Vaccination report Assam 1874-1896 - 1874-1896
Year: 1874
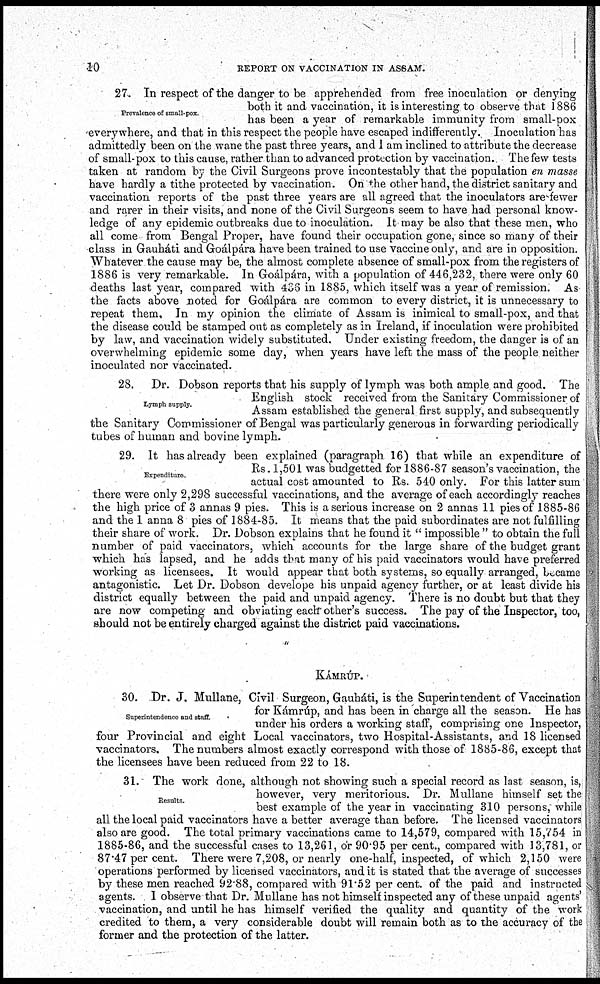
10
REPORT ON VACCINATION IN ASSAM.
Prevalence of small-pox.
27. In respect of the danger to be apprehended from free inoculation or denying
both it and vaccination, it is interesting to observe that 1886
has been a year of remarkable immunity from small-pox
everywhere, and that in this respect the people have escaped indifferently. Inoculation has
admittedly been on the wane the past three years, and I am inclined to attribute the decrease
of small-pox to this cause, rather than to advanced protection by vaccination. The few tests
taken at random by the Civil Surgeons prove incontestably that the population en masse
have hardly a tithe protected by vaccination. On the other hand, the district sanitary and
vaccination reports of the past three years are all agreed that the inoculators are fewer
and rarer in their visits, and none of the Civil Surgeons seem to have had personal know-
ledge of any epidemic outbreaks due to inoculation. It may be also that these men, who
all come from Bengal Proper, have found their occupation gone, since so many of their
class in Gauháti and Goálpára have been trained to use vaccine only, and are in opposition.
Whatever the cause may be, the almost complete absence of small-pox from the registers of
1886 is very remarkable. In Goálpára, with a population of 446,232, there were only 60
deaths last year, compared with 436 in 1885, which itself was a year of remission. As
the facts above noted for Goálpára are common to every district, it is unnecessary to
repeat them. In my opinion the climate of Assam is inimical to small-pox, and that
the disease could be stamped out as completely as in Ireland, if inoculation were prohibited
by law, and vaccination widely substituted. Under existing freedom, the danger is of an
overwhelming epidemic some day, when years have left the mass of the people neither
inoculated nor vaccinated.
Lymph supply.
28. Dr. Dobson reports that his supply of lymph was both ample and good. The
English stock received from the Sanitary Commissioner of
Assam established the general first supply, and subsequently
the Sanitary Commissioner of Bengal was particularly generous in forwarding periodically
tubes of human and bovine lymph.
Expenditure.
29. It has already been explained (paragraph 16) that while an expenditure of
Rs. 1,501 was budgetted for 1886-87 season's vaccination, the
actual cost amounted to Rs. 540 only. For this latter sum
there were only 2,298 successful vaccinations, and the average of each accordingly reaches
the high price of 3 annas 9 pies. This is a serious increase on 2 annas 11 pies of 1885-86
and the 1 anna 8 pies of 1884-85. It means that the paid subordinates are not fulfilling
their share of work. Dr. Dobson explains that he found it " impossible " to obtain the full
number of paid vaccinators, which accounts for the large share of the budget grant
which has lapsed, and he adds that many of his paid vaccinators would have preferred
working as licensees. It would appear that both systems, so equally arranged, became
antagonistic. Let Dr. Dobson develope his unpaid agency further, or at least divide his
district equally between the paid and unpaid agency. There is no doubt but that they
are now competing and obviating each other's success. The pay of the Inspector, too,
should not be entirely charged against the district paid vaccinations.
KÁMRÚP.
Superintendence and staff.
30. Dr. J, Mullane, Civil Surgeon, Gauháti, is the Superintendent of Vaccination
for Kámrúp, and has been in charge all the season. He has
under his orders a working staff, comprising one Inspector,
four Provincial and eight Local vaccinators, two Hospital-Assistants, and 18 licensed
vaccinators. The numbers almost exactly correspond with those of 1885-86, except that
the licensees have been reduced from 22 to 18.
Results.
31. The work done, although not showing such a special record as last season, is,
however, very meritorious. Dr. Mullane himself set the
best example of the year in vaccinating 310 persons, while
all the local paid vaccinators have a better average than before. The licensed vaccinators
also are good. The total primary vaccinations came to 14,579, compared with 15,754 in
1885-86, and the successful cases to 13,261, or 90.95 per cent., compared with 13,781, or
87.47 per cent. There were 7,208, or nearly one-half, inspected, of which 2,150 were
operations performed by licensed vaccinators, and it is stated that the average of successes
by these men reached 92.88, compared with 91.52 per cent. of the paid and instructed
agents. I observe that Dr. Mullane has not himself inspected any of these unpaid agents'
vaccination, and until he has himself verified the quality and quantity of the work
credited to them, a very considerable doubt will remain both as to the accuracy of the
former and the protection of the latter.